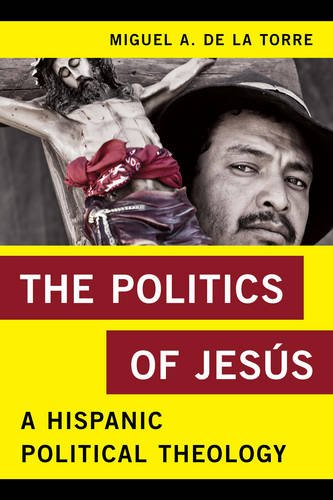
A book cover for The Politics of JesÃºs: A Hispanic Political Theology (Religion in the Modern World); Miguel A. De La Torre professor of Social Ethics and Latino/a Studies; Christian Books & Bibles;